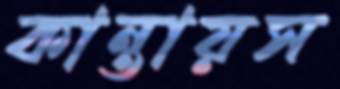
কান্তায়স